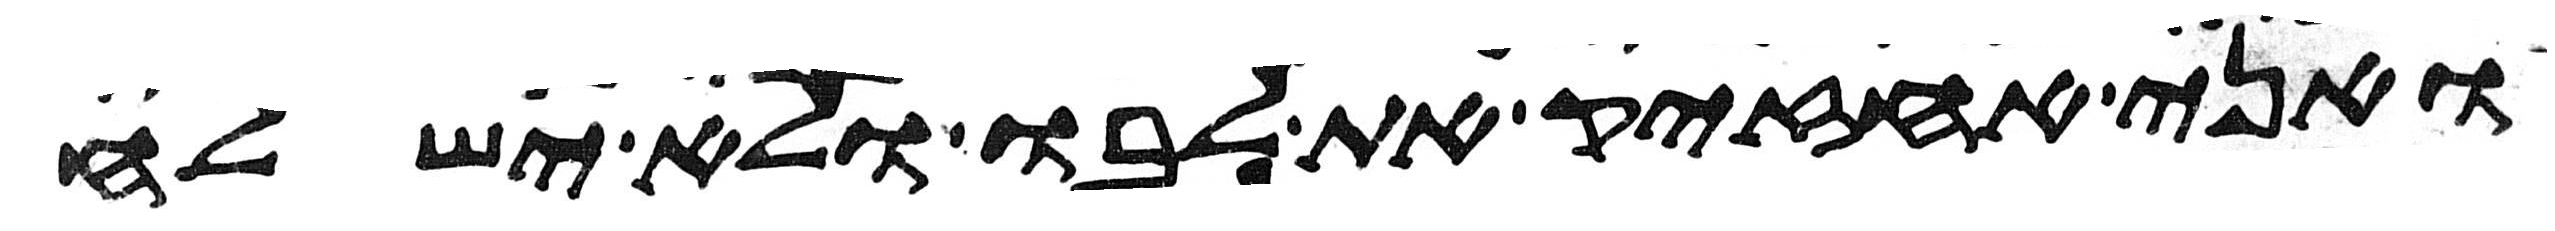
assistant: ואני אחזיק את לבו ולא ישלח